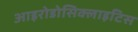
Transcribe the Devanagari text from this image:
आइरोडोसिक्लाइटिस